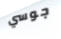
جوسي